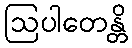
ဩပါတေန္တိ